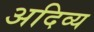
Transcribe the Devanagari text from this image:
अदिव्य